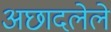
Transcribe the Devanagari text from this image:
अछादलेले